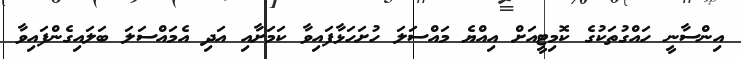
އިންސާނީ ހައްގުތަކުގެ ކޮމިޓީއަށް އިއްޔެ މައްސަލަ ހުށަހަޅާފައިވާ ކަމަށާއި އަދި އެމައްސަލަ ބަލައިގެންފައިވާ